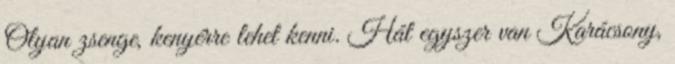
Olyan zsenge, kenyérre lehet kenni. Hát egyszer van Karácsony,